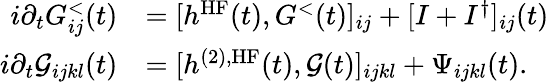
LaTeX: \begin{array}{rl}{i\partial_{t}G_{ij}^{<}(t)}&{=[h^{\textrm{HF}}(t),G^{<}(t)]_{ij}+[I+I^{\dagger}]_{ij}(t)}\\ {i\partial_{t}\mathcal{G}_{ijkl}(t)}&{=[h^{(2),\textrm{HF}}(t),\mathcal{G}(t)]_{ijkl}+\Psi_{ijkl}(t).}\end{array}